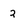
Character: 2